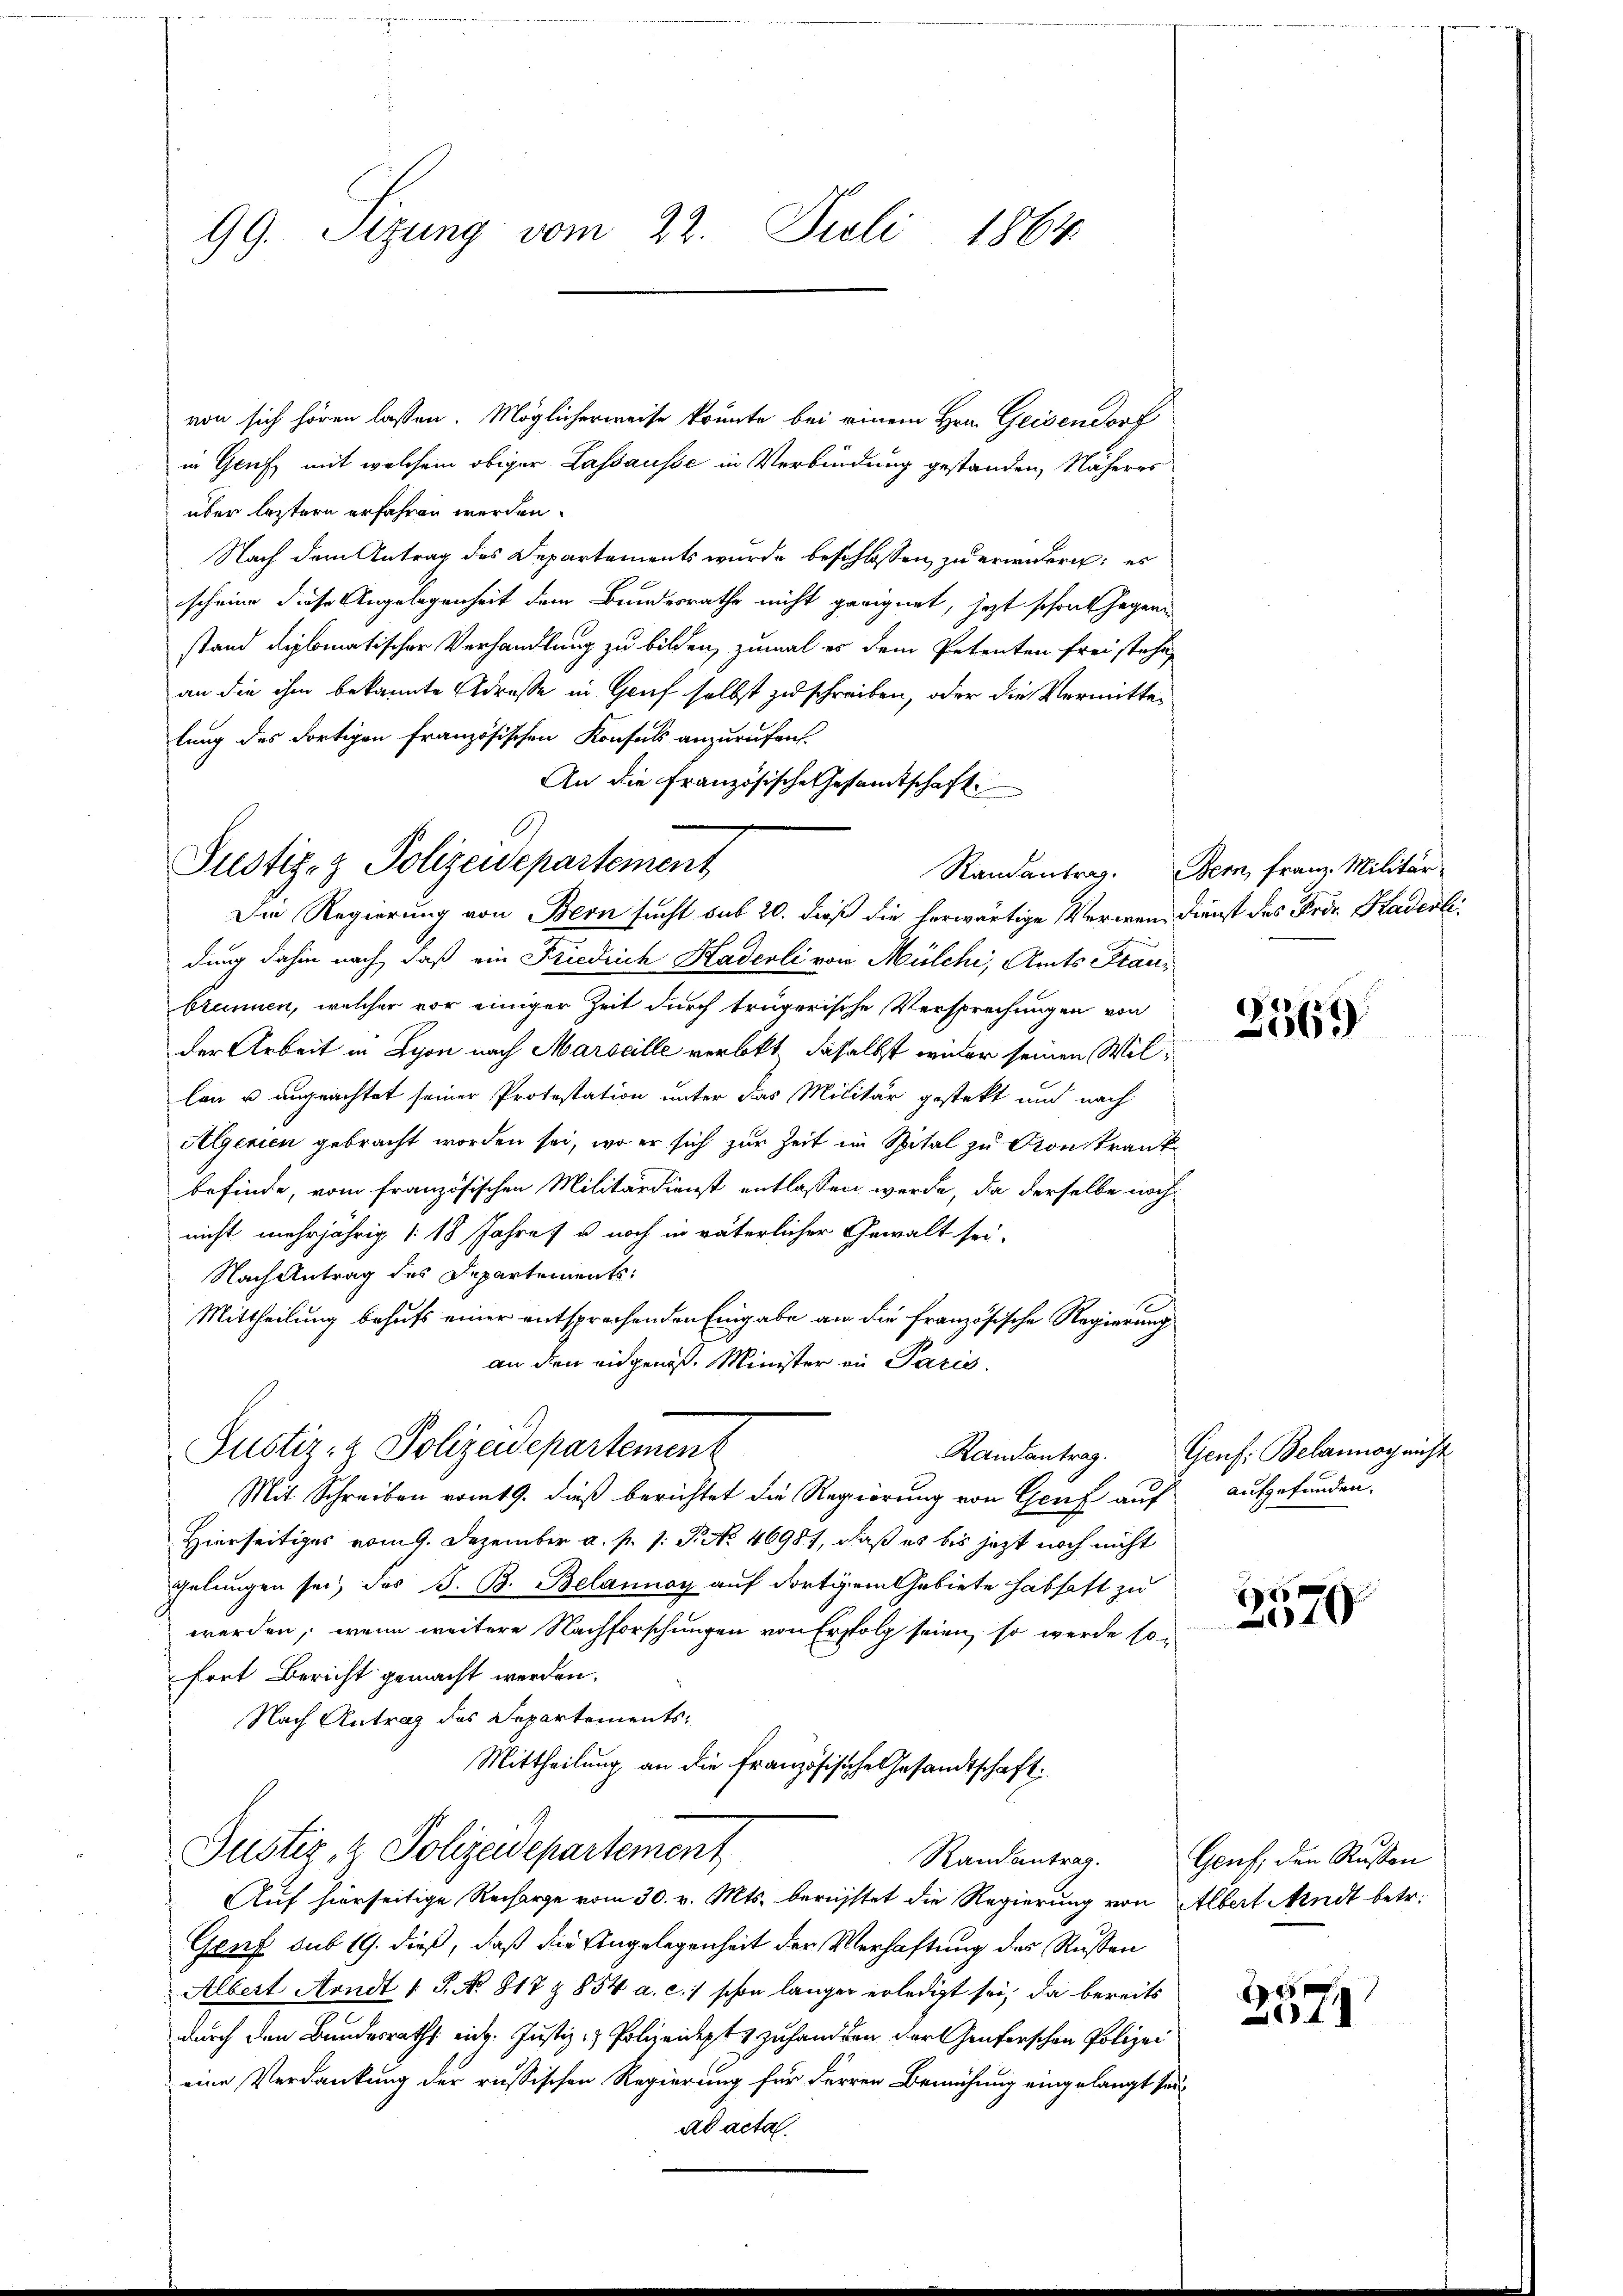
99. Sizung vom 22. Juli 1864

O
Justiz- & Polizeidepartement

von sich hören lassen. Möglicherweise könnte bei einem Hrn. Geisendorf
in Gruf, mit welchem obiger Lassausse in Verbindung gestanden, Näheres
über leztern erfahren werden.
Nach dem Antrag des Departements wurde beschlossen zu erwendern; es
scheine diese Angelegenheit dem Bundesrathe nicht geeignet, jezt schont hegenstand diplomatischer Verhandlung zu bilden, zumal es dem Petenten frei stehe,
an die ihm bekannte Adresse in Genf selbst zu schreiben, oder die Vermittelung des dortigen französischen Konsuls anzurufen.
An die Französische Gesamtschaft
dung dahin nach, daß ein Friedrich Haderli von Mülchi, Amts Franbrunnen, welcher vor einiger Zeit durch trägerische Versprechungen von
der Arbeit in Lyon nach Marseille verbkt, dasselbst wieder seinen Willan u angeachtet seiner Protestation unter das Militär gestekt und nach
Algenien gebracht worden sei, wo er sich zur Zeit im Spital zu Konstrank
befinde, vom französischen Militärdienst entlassen werde, da derselbe nach
nicht mehrjährig /: 18 Jahre u noch in väterlicher Gewalt sei.
Nach Antrag des Departements¬
Mittheilung behufs einer entsprechenden Eingabe an die französische Regierung
an den eidgenöß. Minister in Paris.
Justiz- & Polizeidepartement
Mit Schreiben vom 19. dieß berichtet die Regierung von Genf auf
Hierseitiges vom 9. Dezember a. p. 1. P. Nr. 46981, daß es bis jetzt noch nicht
gelungen sei, des J. B. Belannay auf dortigem Gebiete habhaft zu
werden, wenn weitere Nachforschungen von Erfolg seien, so werde son
fort Bericht gemacht werden.
Nach Antrag des Departements¬
Mittheilung an die französische Gesandtschaft
Justiz & Polizeidepartement
Auf hierseitige Recharge vom 30. v. Mts. berichtet die Regierung von Albert Mudt betr.
Genf sub 19. dieß, daß die Angelegenheit der Verhaftung des Russen
Albert Handt 1 S. Nr. 817 & 854 a. c.) schon länger erledigt sei, da bereits
durch den Bundesraths eidg. Justiz- & Polizeidet & zuhandten der Genferschen Polizei
eine Verdankung der russischen Regierung für Herren Bemühung eingelangt seiad acta.

Die Regierung von Bern sucht sub 20. dieß die herwärtige Verwen- Dienst des Fris. Staderli

Randantrag. Bern, Franz. Militär-

2569

Randantrag. Genf. Belannoch nicht
aufgefunden.

2570

Randantrag. Genf, den Russen

10x
48